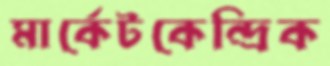
মার্কেটকেন্দ্রিক